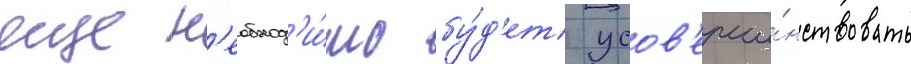
еще н'еобход'и́мо бу́д'ет усов'ерше́нствовать